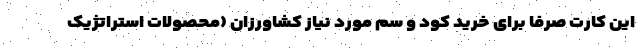
این کارت صرفا برای خرید کود و سم مورد نیاز کشاورزان (محصولات استراتژیک